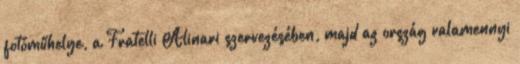
fotóműhelye, a Fratelli Alinari szervezésében, majd az ország valamennyi